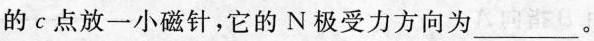
的c点放一小磁针，它的N极受力方向为___。